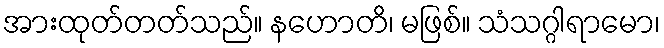
အားထုတ်တတ်သည်။ နဟောတိ၊ မဖြစ်။ သံသဂ္ဂါရာမော၊